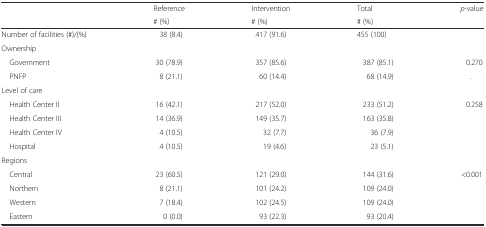
<table><thead><tr><td rowspan="2"></td><td><b>Reference</b></td><td><b>Intervention</b></td><td><b>Total</b></td><td rowspan="2"><b><i>p</i>-value</b></td></tr><tr><td><b># (%)</b></td><td><b># (%)</b></td><td><b># (%)</b></td></tr></thead><tbody><tr><td>Number of facilities (#)/(%)</td><td>38 (8.4)</td><td>417 (91.6)</td><td>455 (100)</td><td></td></tr><tr><td colspan="5">Ownership</td></tr><tr><td> Government</td><td>30 (78.9)</td><td>357 (85.6)</td><td>387 (85.1)</td><td>0.270</td></tr><tr><td> PNFP</td><td>8 (21.1)</td><td>60 (14.4)</td><td>68 (14.9)</td><td>.</td></tr><tr><td colspan="5">Level of care</td></tr><tr><td> Health Center II</td><td>16 (42.1)</td><td>217 (52.0)</td><td>233 (51.2)</td><td>0.258</td></tr><tr><td> Health Center III</td><td>14 (36.9)</td><td>149 (35.7)</td><td>163 (35.8)</td><td></td></tr><tr><td> Health Center IV</td><td>4 (10.5)</td><td>32 (7.7)</td><td>36 (7.9)</td><td></td></tr><tr><td> Hospital</td><td>4 (10.5)</td><td>19 (4.6)</td><td>23 (5.1)</td><td></td></tr><tr><td colspan="5">Regions</td></tr><tr><td> Central</td><td>23 (60.5)</td><td>121 (29.0)</td><td>144 (31.6)</td><td>&lt;0.001</td></tr><tr><td> Northern</td><td>8 (21.1)</td><td>101 (24.2)</td><td>109 (24.0)</td><td></td></tr><tr><td> Western</td><td>7 (18.4)</td><td>102 (24.5)</td><td>109 (24.0)</td><td></td></tr><tr><td> Eastern</td><td>0 (0.0)</td><td>93 (22.3)</td><td>93 (20.4)</td><td></td></tr></tbody></table>